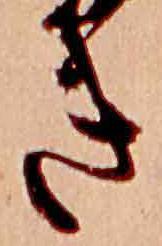
き